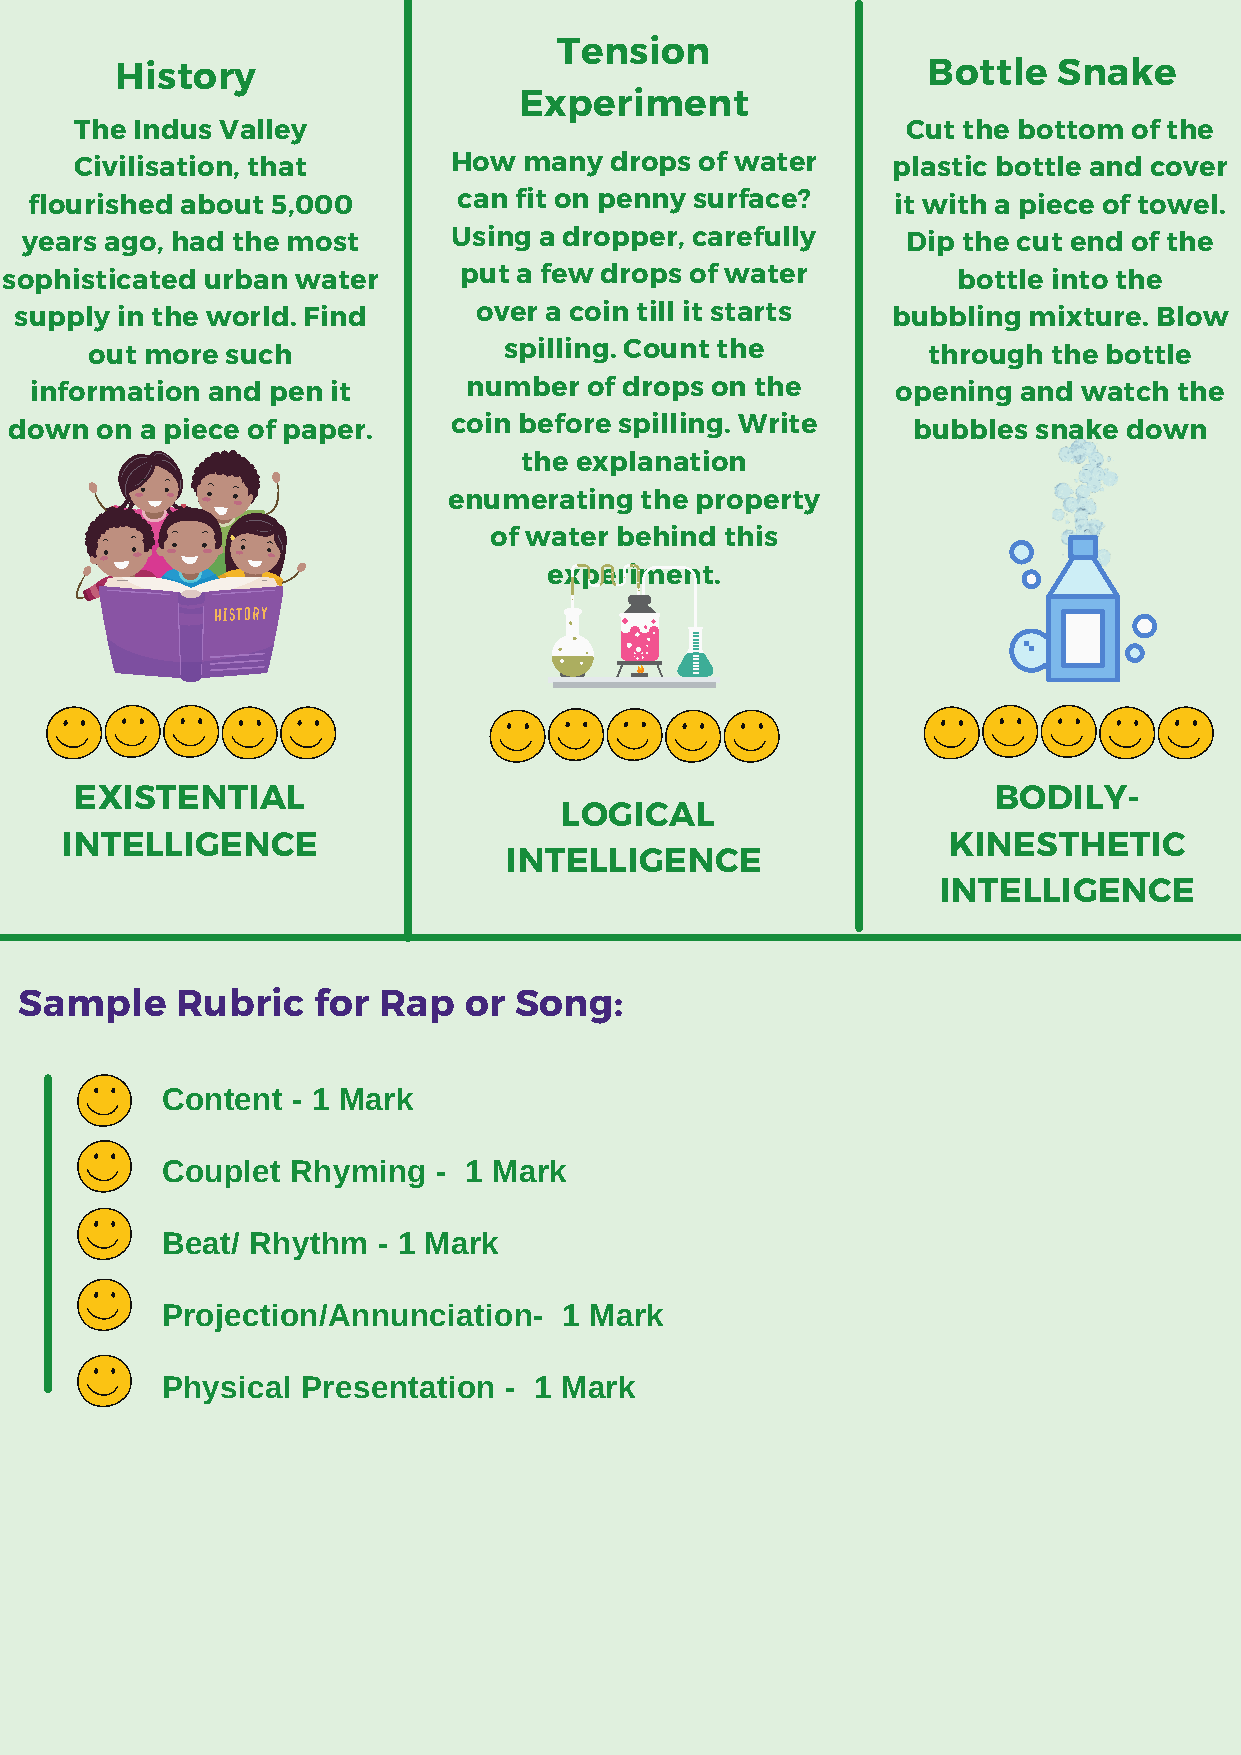
Tension
 History                                              Bottle   Snake
 Experiment
 The Indus Valley                                       Cut the bottom of the
 Civilisation, that       How  many drops of water     plastic bottle and cover
 flourished about 5,000      can fit on penny surface?    it with a piece of towel.
 years ago, had the most      Using a dropper, carefully    Dip the cut end of the
 sophisticated urban water     put a few drops of water         bottle into the
 supply in the world. Find      over a coin till it starts bubbling mixture. Blow
 out more such              spilling. Count the         through  the bottle
 information and pen it       number  of drops on the     opening and  watch the
 down on a piece of paper.    coin before spilling. Write   bubbles  snake down
 the explanation
 enumerating the property
 of water behind this
 experiment.
 EXISTENTIAL                                                  BODILY-
 LOGICAL
 INTELLIGENCE                                               KINESTHETIC
 INTELLIGENCE
 INTELLIGENCE
 Sample     Rubric   for Rap   or Song:
 Content - 1 Mark
 Couplet Rhyming   - 1 Mark
 Beat/ Rhythm  - 1 Mark
 Projection/Annunciation-  1 Mark
 Physical Presentation - 1 Mark